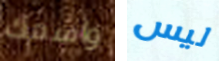
واسمك ليس